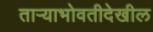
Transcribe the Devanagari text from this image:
ताऱ्याभोवतीदेखील